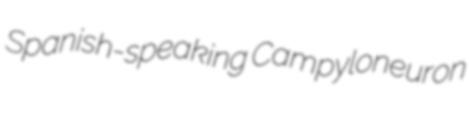
Spanish-speaking Campyloneuron